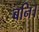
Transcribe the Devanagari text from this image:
बनि।